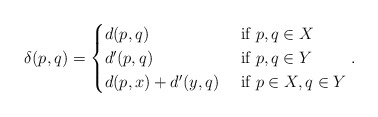
\begin{align*}\delta(p,q) = \begin{cases} d(p,q) & \mbox{ if } p,q\in X\\d'(p,q) & \mbox{ if } p,q \in Y\\d(p,x) + d'(y,q) &\mbox{ if } p\in X, q\in Y\end{cases}.\end{align*}